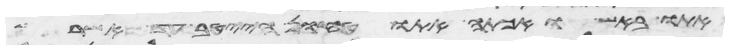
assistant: אתו באש ואכתה אתו טחון הייטב עד אשר